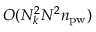
O ( N _ { k } ^ { 2 } N ^ { 2 } n _ { \mathrm { p w } } )